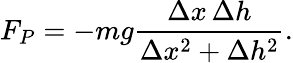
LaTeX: F_{P}=-mg{\frac{\Delta x\, \Delta h}{\Delta x^{2}+\Delta h^{2}}}.